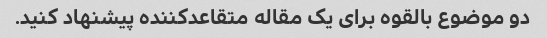
دو موضوع بالقوه برای یک مقاله متقاعدکننده پیشنهاد کنید.